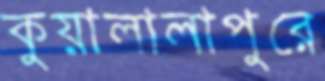
কুয়ালালাপুরে